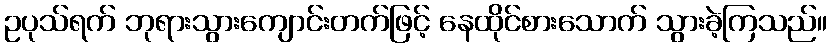
ဥပုသ်ရက် ဘုရားသွားကျောင်းတက်ဖြင့် နေထိုင်စားသောက် သွားခဲ့ကြသည်။